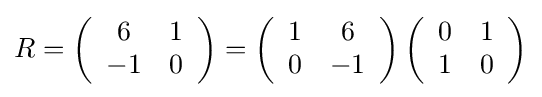
\textstyle R=\left({\begin{array}{cc}6&1\\-1&0\end{array}}\right)=\left({\begin{array}{cc}1&6\\0&-1\end{array}}\right)\left({\begin{array}{cc}0&1\\1&0\end{array}}\right)